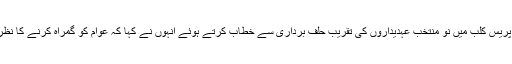
اتوار کو حافظ آباد پریس کلب میں نو منتخب عہدیداروں کی تقریب حلف برداری سے خطاب کرتے ہوئے انہوں نے کہا کہ عوام کو گمراہ کرنے کا نظریہ دم توڑ گیا ہے۔